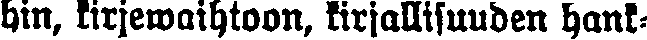
hin, kirjewaihtoon, kirjallisuuden hank-